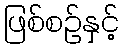
ဖြစ်စဉ်နှင့်